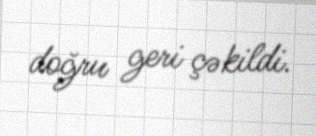
doğru geri çəkildi.